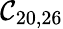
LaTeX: \mathcal{C}_{20,26}